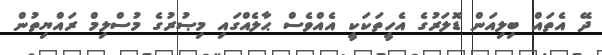
ދޭ އެތައް ބިލިއަން ޑޮލަރުގެ އެހީތަކަކީ އެއްވެސް ޙާލެއްގައި މިޞުރުގެ މުސްލިމް ރައްޔިތުން